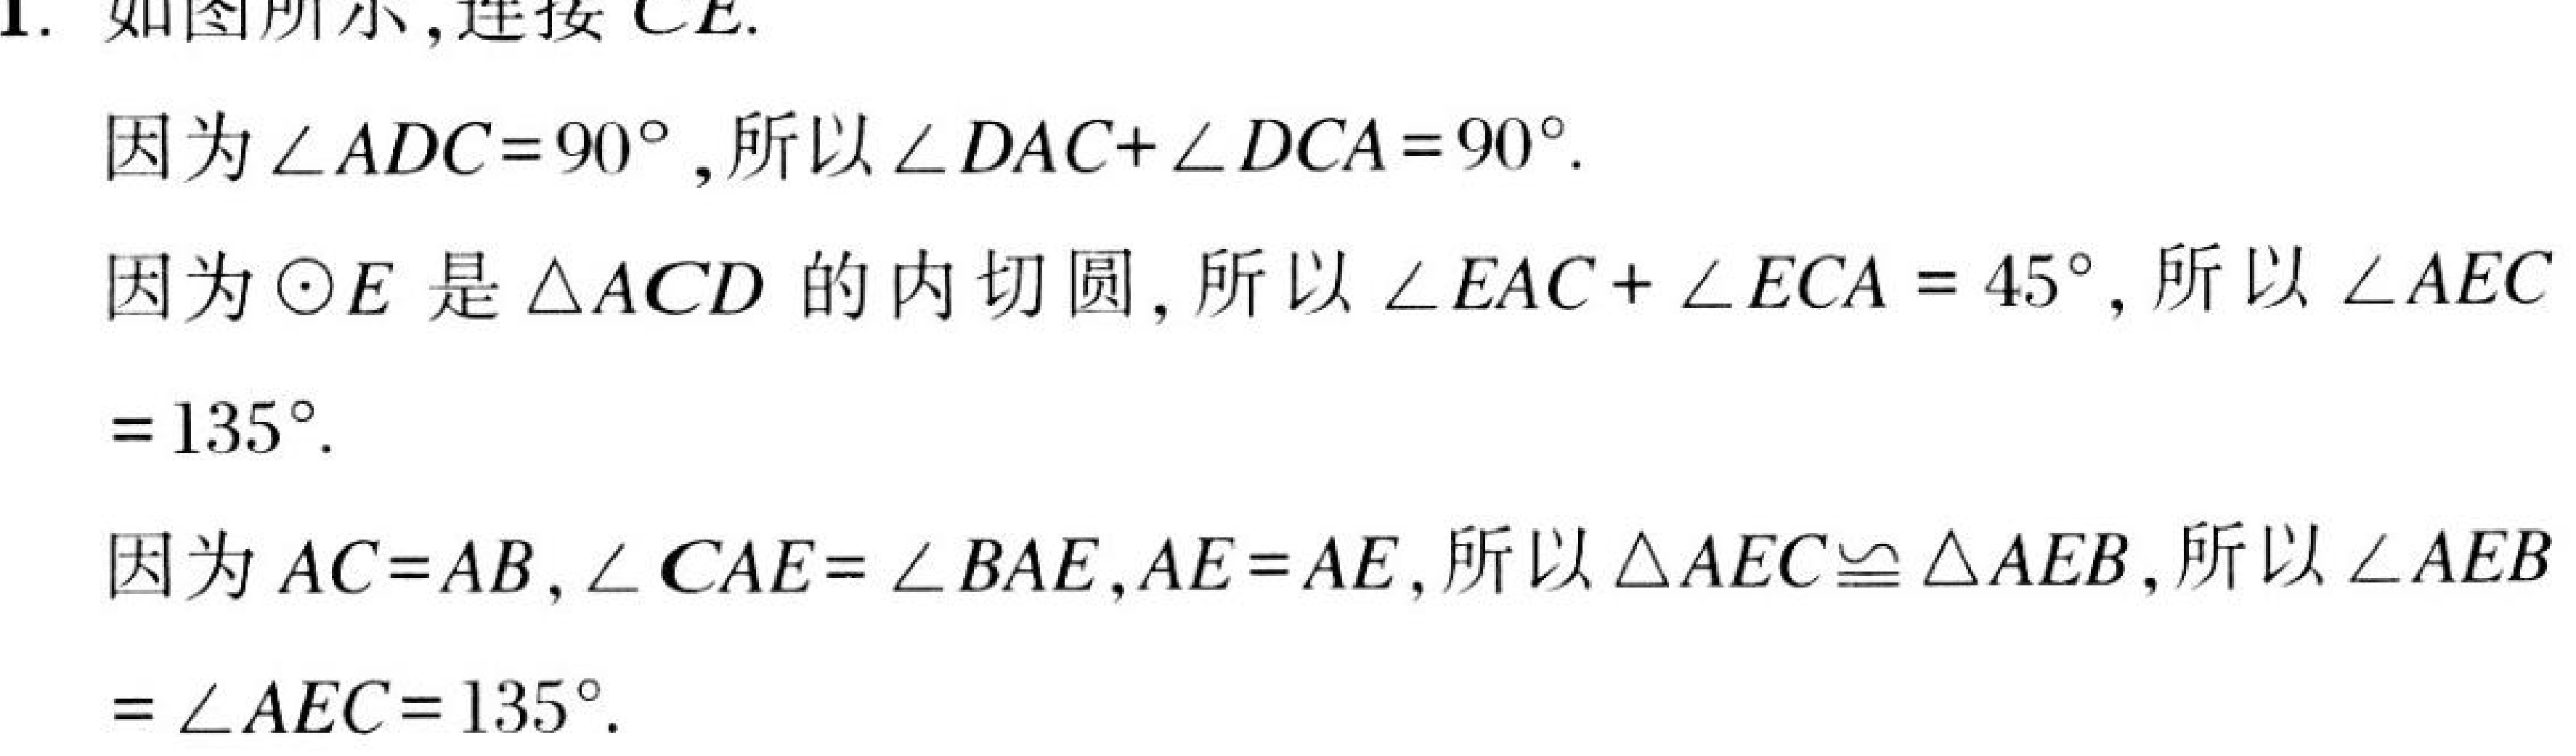
1. 如图所示,连接 \(CE\).
因为 \(\angle ADC = 90^{\circ}\),所以 \(\angle DAC+\angle DCA = 90^{\circ}\).
因为 \(\odot E\) 是 \(\triangle ACD\) 的内切圆, 所以 \(\angle EAC+\angle ECA = 45^{\circ}\), 所以 \(\angle AEC\)
\(=135^{\circ}\).
因为 \(AC = AB,\angle CAE=\angle BAE,AE = AE\), 所以 \(\triangle AEC\cong\triangle AEB\), 所以 \(\angle AEB\)
\(=\angle AEC = 135^{\circ}\).